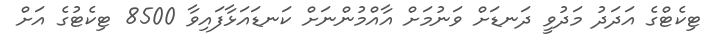
ޓިކެޓްގެ އަދަދު މަދުވީ ދަނޑަށް ވަނުމަށް އާއްމުންނަށް ކަނޑައަޅާފައިވާ 8500 ޓިކެޓުގެ އަށް